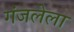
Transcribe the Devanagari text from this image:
गंजलेला